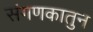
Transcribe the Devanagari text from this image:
संगणकातुन